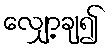
လျှော့ချ၍